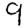
Digit: 9